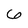
Character: 6